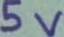
Text: 5v